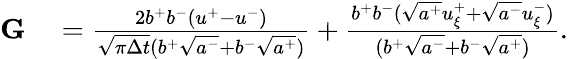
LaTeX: \begin{array}{rl}{\mathbf{G}}&{{}=\frac{2b^{+}b^{-}(u^{+}-u^{-})}{\sqrt{\pi\Delta t}(b^{+}\sqrt{a^{-}}+b^{-}\sqrt{a^{+}})}+\frac{b^{+}b^{-}(\sqrt{a^{+}}u_{\xi}^{+}+\sqrt{a^{-}}u_{\xi}^{-})}{(b^{+}\sqrt{a^{-}}+b^{-}\sqrt{a^{+}})}.}\end{array}